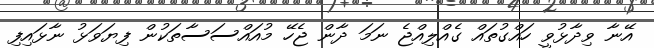
އޭނާ ވިދާޅުވީ ހައްގުތައް ގެއްލިއްޖެ ނަމަ ދާން ޖެހޭ މުއައްސަސާތަކުން ފިޔަވަޅު ނާޅައިފި